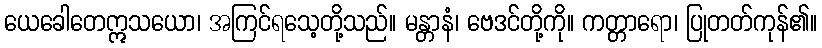
ယေခေါတေဣသယော၊ အကြင်ရသေ့တို့သည်။ မန္တာနံ၊ ဗေဒင်တို့ကို။ ကတ္တာရော၊ ပြုတတ်ကုန်၏။